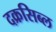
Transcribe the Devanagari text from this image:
दक्रसिब्ल